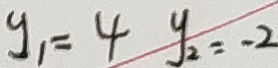
y _ { 1 } = 4 y _ { 2 } = - 2